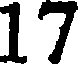
17